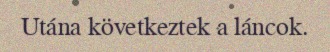
Utána következtek a láncok.